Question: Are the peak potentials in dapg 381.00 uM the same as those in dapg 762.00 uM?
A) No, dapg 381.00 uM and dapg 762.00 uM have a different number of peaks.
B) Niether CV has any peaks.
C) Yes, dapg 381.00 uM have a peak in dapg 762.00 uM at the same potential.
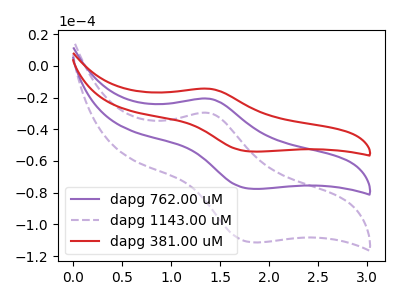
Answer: <think>The purple curve "dapg 762.00 uM" has an anodic peak at (1.40V, -20.70uA) and a cathodic peak at (1.85V, -77.60uA). The purple dashed curve "dapg 1143.00 uM" has an anodic peak at (1.40V, -41.40uA) and a cathodic peak at (1.85V, -155.15uA). The red curve "dapg 381.00 uM" has an anodic peak at (1.40V, -14.45uA) and a cathodic peak at (1.85V, -54.05uA).</think>
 <answer>C) Yes, "dapg 381.00 uM" have a peak in "dapg 762.00 uM" at the same potential.</answer>
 <eval>C</eval>